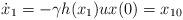
LaTeX: \begin{align*}\dot{x}_1 =-\gamma h(x_1) ux(0) = x_{10}\end{align*}